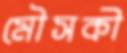
মৌসকী